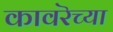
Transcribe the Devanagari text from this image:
कावरॆच्या